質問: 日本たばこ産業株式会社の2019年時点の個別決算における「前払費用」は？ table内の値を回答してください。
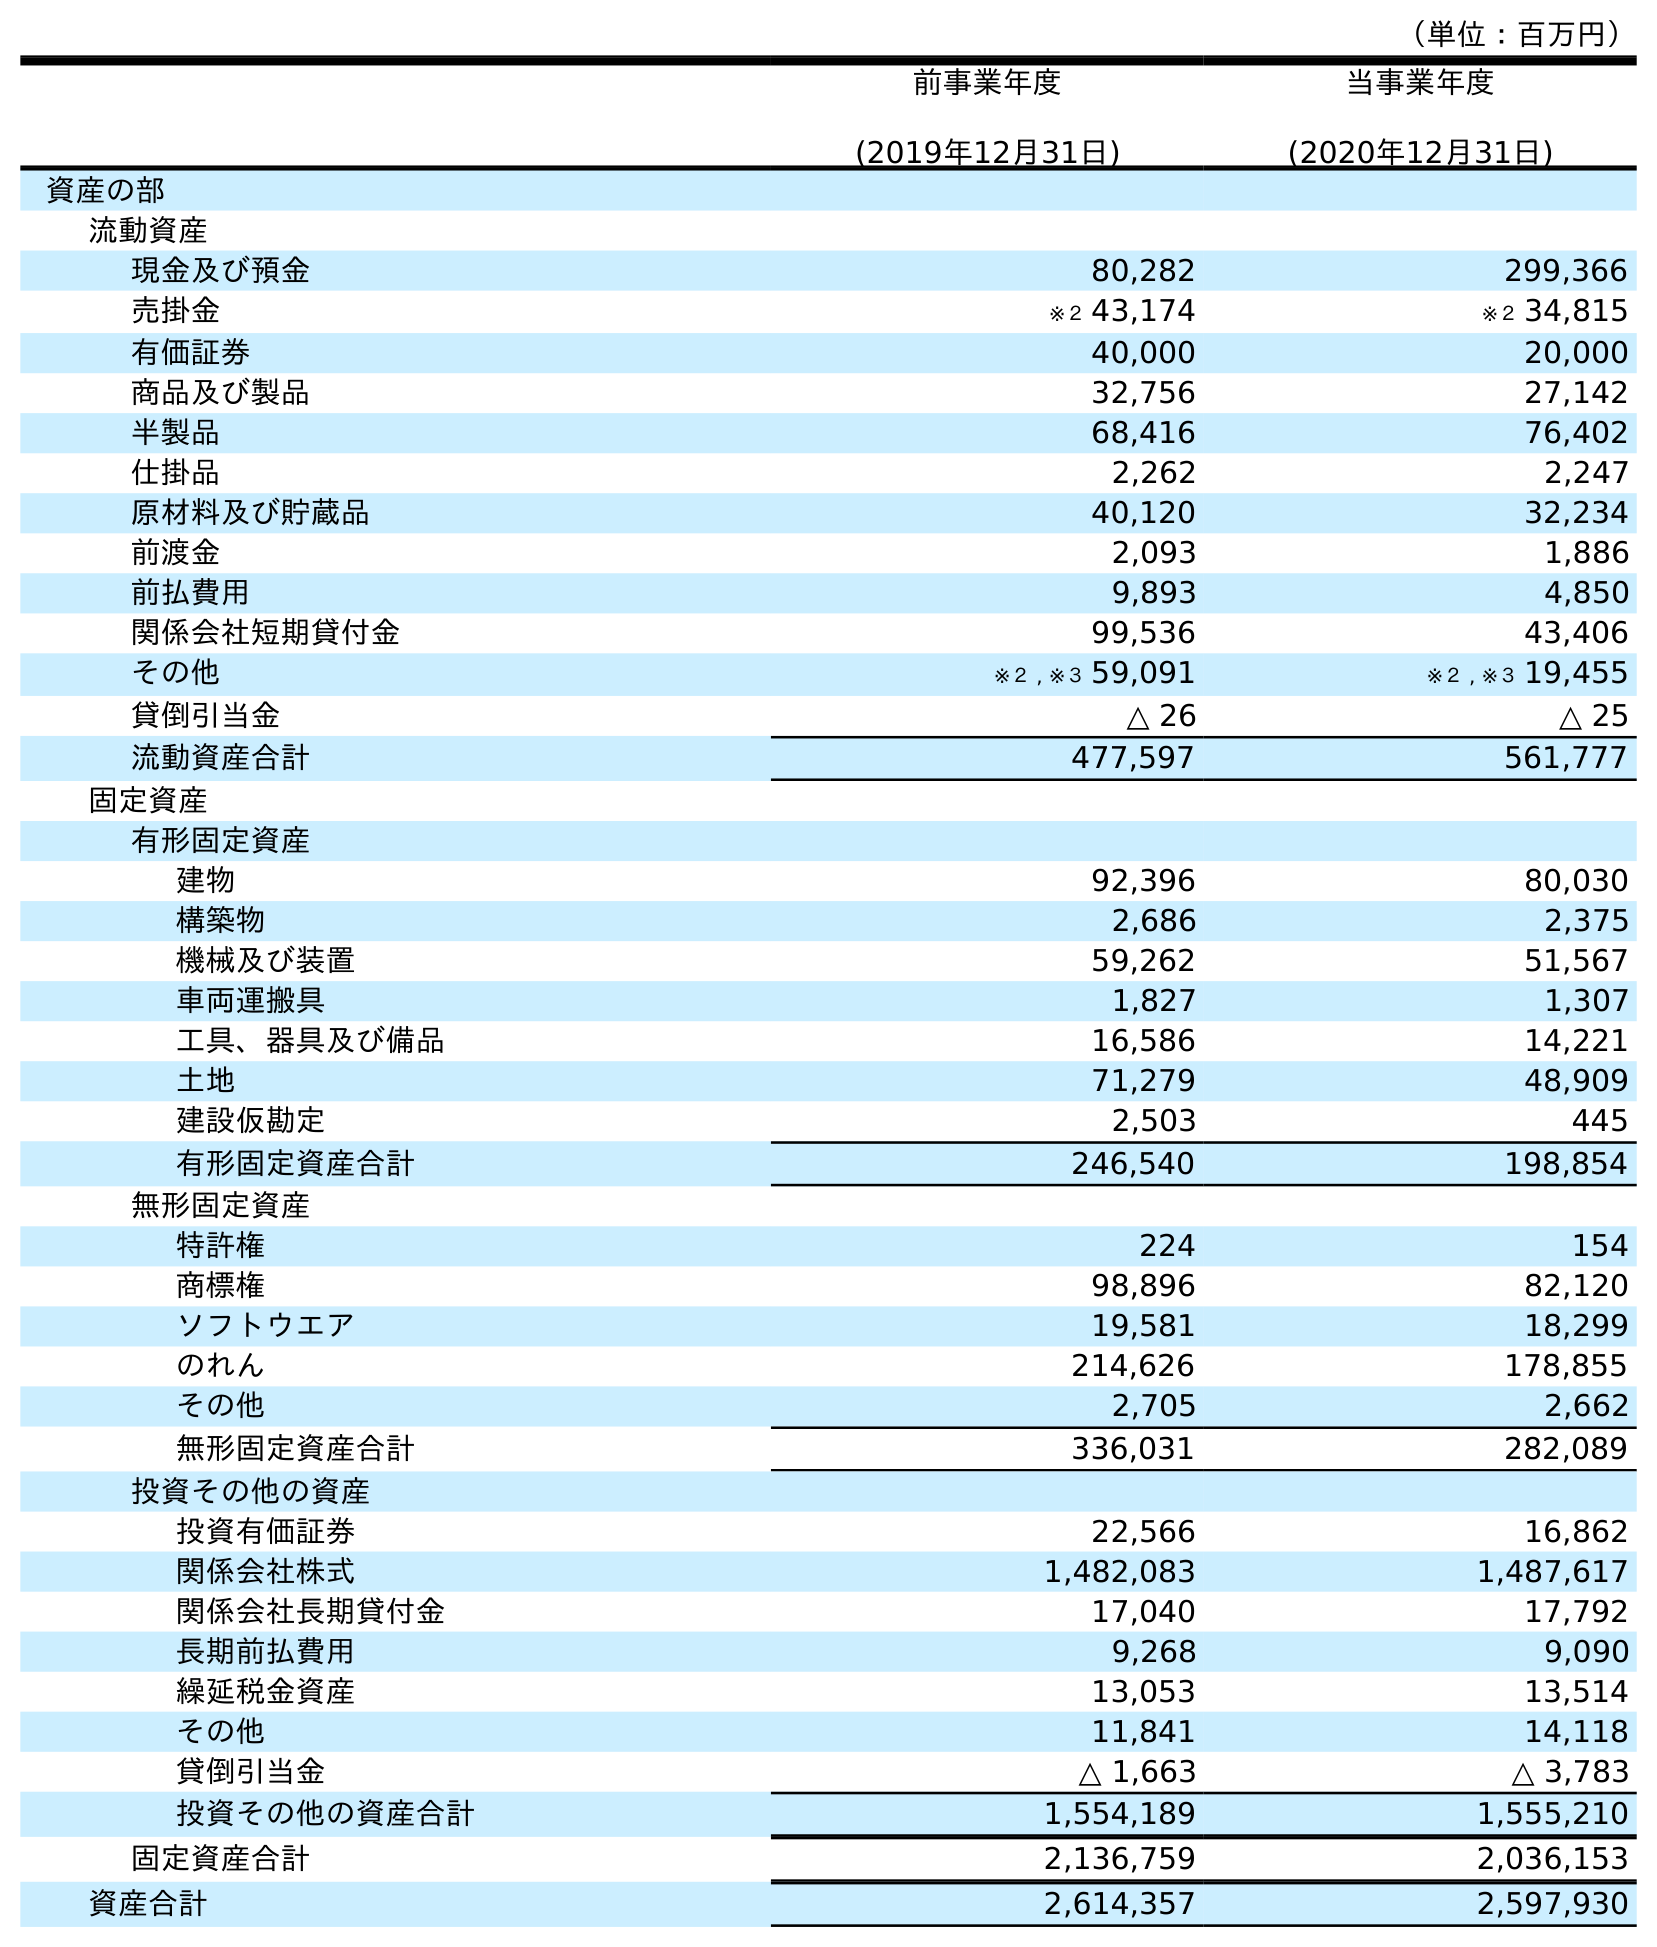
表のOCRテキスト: （単位：百万円） 前事業年度 (2019年12月31日) 当事業年度 (2020年12月31日) 資産の部 流動資産 現金及び預金 80,282 299,366 売掛金 ※２ 43,174 ※２ 34,815 有価証券 40,000 20,000 商品及び製品 32,756 27,142 半製品 68,416 76,402 仕掛品 2,262 2,247 原材料及び貯蔵品 40,120 32,234 前渡金 2,093 1,886 前払費用 9,893 4,850 関係会社短期貸付金 99,536 43,406 その他 ※２ , ※３ 59,091 ※２ , ※３ 19,455 貸倒引当金 △ 26 △ 25 流動資産合計 477,597 561,777 固定資産 有形固定資産 建物 92,396 80,030 構築物 2,686 2,375 機械及び装置 59,262 51,567 車両運搬具 1,827 1,307 工具、器具及び備品 16,586 14,221 土地 71,279 48,909 建設仮勘定 2,503 445 有形固定資産合計 246,540 198,854 無形固定資産 特許権 224 154 商標権 98,896 82,120 ソフトウエア 19,581 18,299 のれん 214,626 178,855 その他 2,705 2,662 無形固定資産合計 336,031 282,089 投資その他の資産 投資有価証券 22,566 16,862 関係会社株式 1,482,083 1,487,617 関係会社長期貸付金 17,040 17,792 長期前払費用 9,268 9,090 繰延税金資産 13,053 13,514 その他 11,841 14,118 貸倒引当金 △ 1,663 △ 3,783 投資その他の資産合計 1,554,189 1,555,210 固定資産合計 2,136,759 2,036,153 資産合計 2,614,357 2,597,930
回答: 9,893